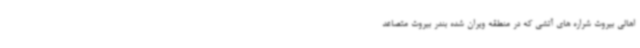
اهالی بیروت شراره های آتشی که در منطقه ویران شده بندر بیروت متصاعد